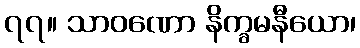
၇၇။ သာဝဏော နိက္ခမနီယော၊